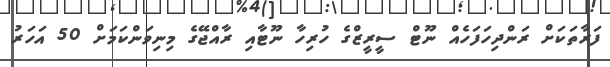
ފަރާތަކަށް ރަންދިހަފަހެއް ނޫޓް ސީރީޒްގެ ހުރިހާ ނޫޓާއި ރާއްޖޭގެ މިނިވަންކަމަށް 50 އަހަރު